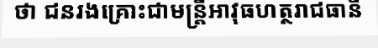
ថា ជនរងគ្រោះជាមន្ត្រីអាវុធហត្ថរាជធានី